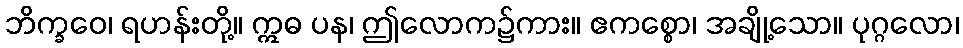
ဘိက္ခဝေ၊ ရဟန်းတို့။ ဣဓ ပန၊ ဤလောက၌ကား။ ဧကစ္စော၊ အချို့သော။ ပုဂ္ဂလော၊